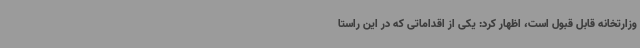
وزارتخانه قابل قبول است، اظهار کرد: یکی از اقداماتی که در این راستا